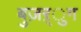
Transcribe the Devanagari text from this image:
बुज़ऱ्ुग